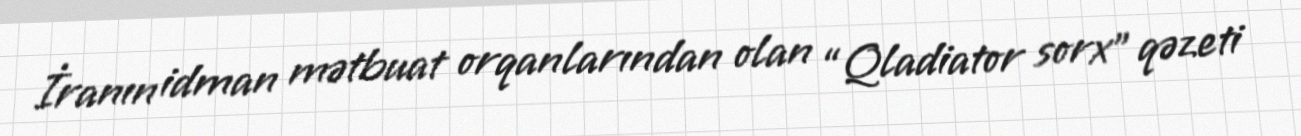
İranın idman mətbuat orqanlarından olan “Qladiator sorx” qəzeti